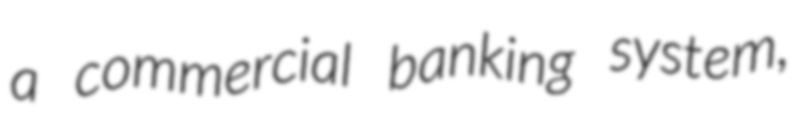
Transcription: a commercial banking system,